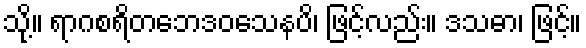
သို့။ ရာဂစရိတဘေဒဝသေနပိ၊ ဖြင့်လည်း။ ဒသဓာ၊ ဖြင့်။